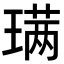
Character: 𫞩